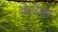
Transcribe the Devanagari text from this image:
वेसेडा